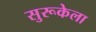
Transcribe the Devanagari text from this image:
सुरूकेला